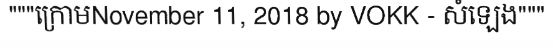
"""ក្រោមNovember 11, 2018 by VOKK - សំឡេង"""